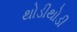
થોડીથોડી